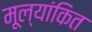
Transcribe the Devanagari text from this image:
मूल्‍यांकित